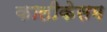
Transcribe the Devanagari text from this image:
कालीकेसम